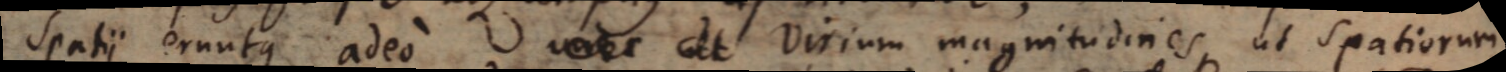
spatii eruntque adeo vires ut virium magnitudines, ut spatiorum